画像に写った文字を読んでください
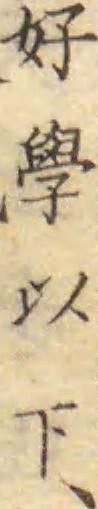
「好學以下、」と書いてあります